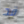
قد